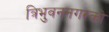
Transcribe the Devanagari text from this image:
त्रिभुवननगरको